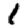
Digit: 1